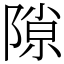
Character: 隙